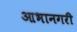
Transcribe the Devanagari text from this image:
आभानगरी